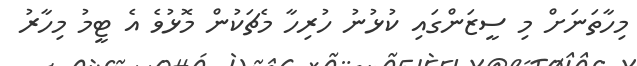
މިހާތަނަށް މި ސީޒަންގައި ކުޅުނު ހުރިހާ މެޗަކުން މޮޅުވެ އެ ޓީމު މިހާރު